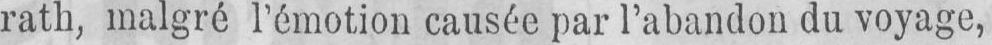
rath, malgré l’émotion causée par l’abandon du voyage,